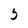
Character: 5